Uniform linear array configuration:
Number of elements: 32
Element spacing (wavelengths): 1
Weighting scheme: kaiser
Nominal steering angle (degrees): -60
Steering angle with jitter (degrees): -61.619
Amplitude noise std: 0.05
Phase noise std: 0.05

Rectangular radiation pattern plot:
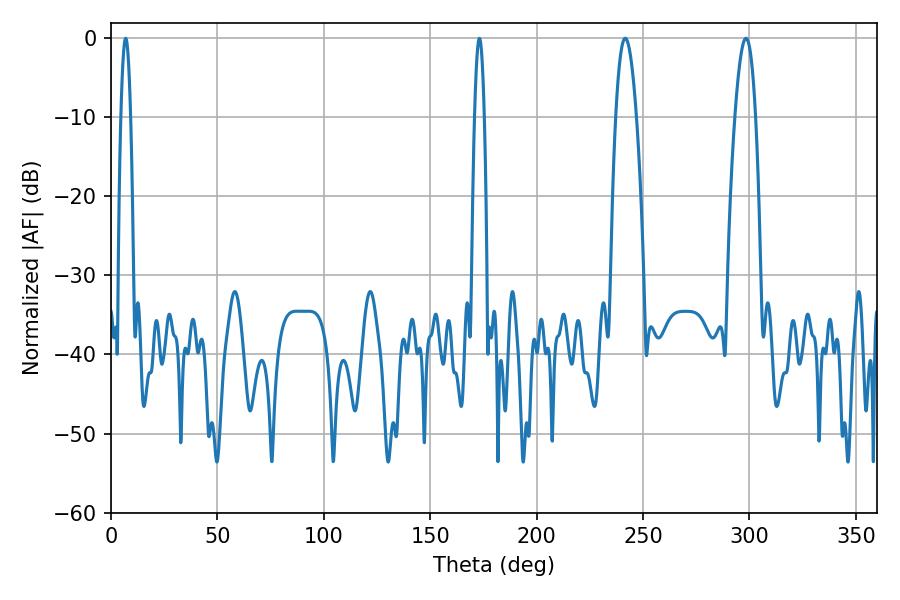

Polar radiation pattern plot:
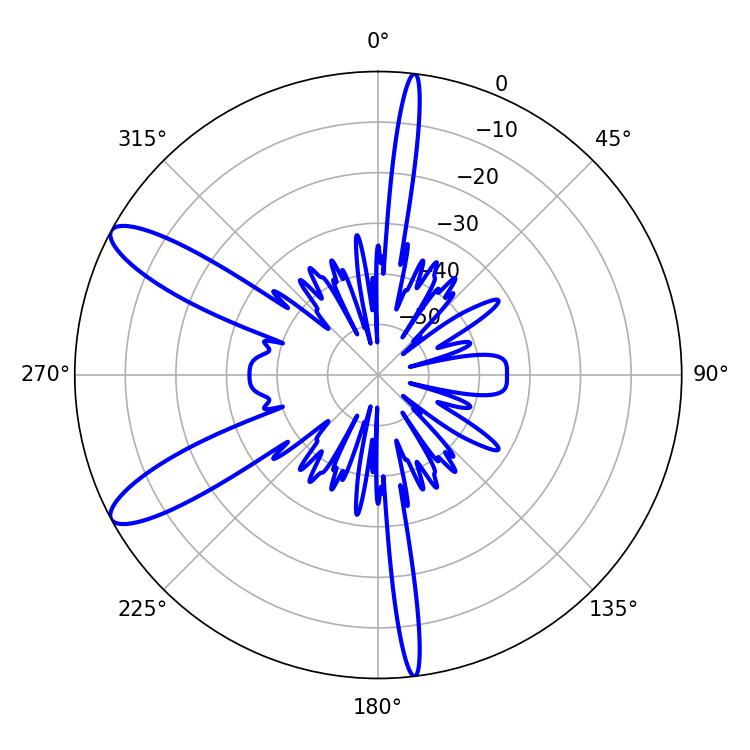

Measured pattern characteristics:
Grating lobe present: TRUE
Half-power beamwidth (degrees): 5.4
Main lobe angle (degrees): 241.56